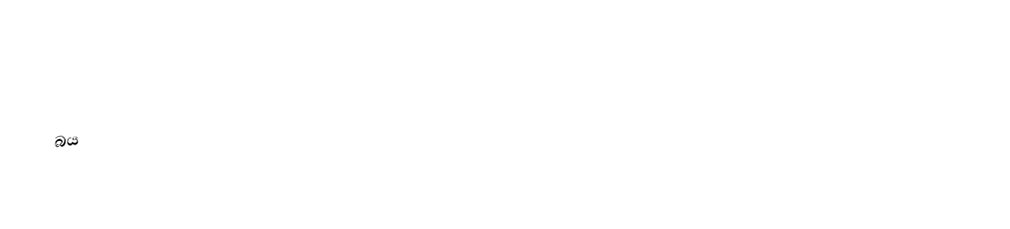
බය